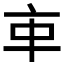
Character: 𠅊